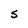
Character: S